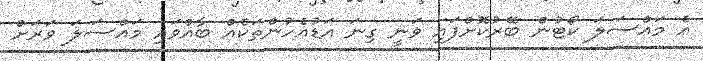
އެ މައްސަލަ ކޯޓުން ބޭރުކޮށްފައި ވަނީ ގިނަ އަޑުއެހުންތަކެއް ބާއްވައި މައްސަލަ ވަރަށް